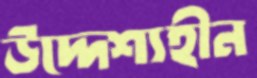
উদ্দেশ্যহীন